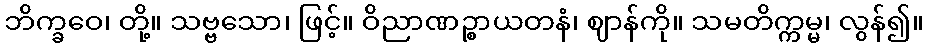
ဘိက္ခဝေ၊ တို့။ သဗ္ဗသော၊ ဖြင့်။ ဝိညာဏဉ္စာယတနံ၊ ဈာန်ကို။ သမတိက္ကမ္မ၊ လွန်၍။